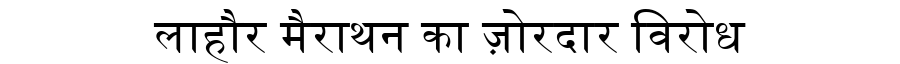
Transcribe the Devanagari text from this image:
लाहौर मैराथन का ज़ोरदार विरोध